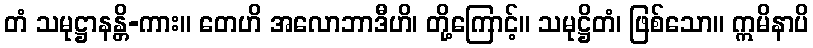
တံ သမုဋ္ဌာနန္တိ-ကား။ တေဟိ အလောဘာဒီဟိ၊ တို့ကြောင့်။ သမုဋ္ဌိတံ၊ ဖြစ်သော။ ဣမိနာပိ